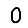
Digit: 0